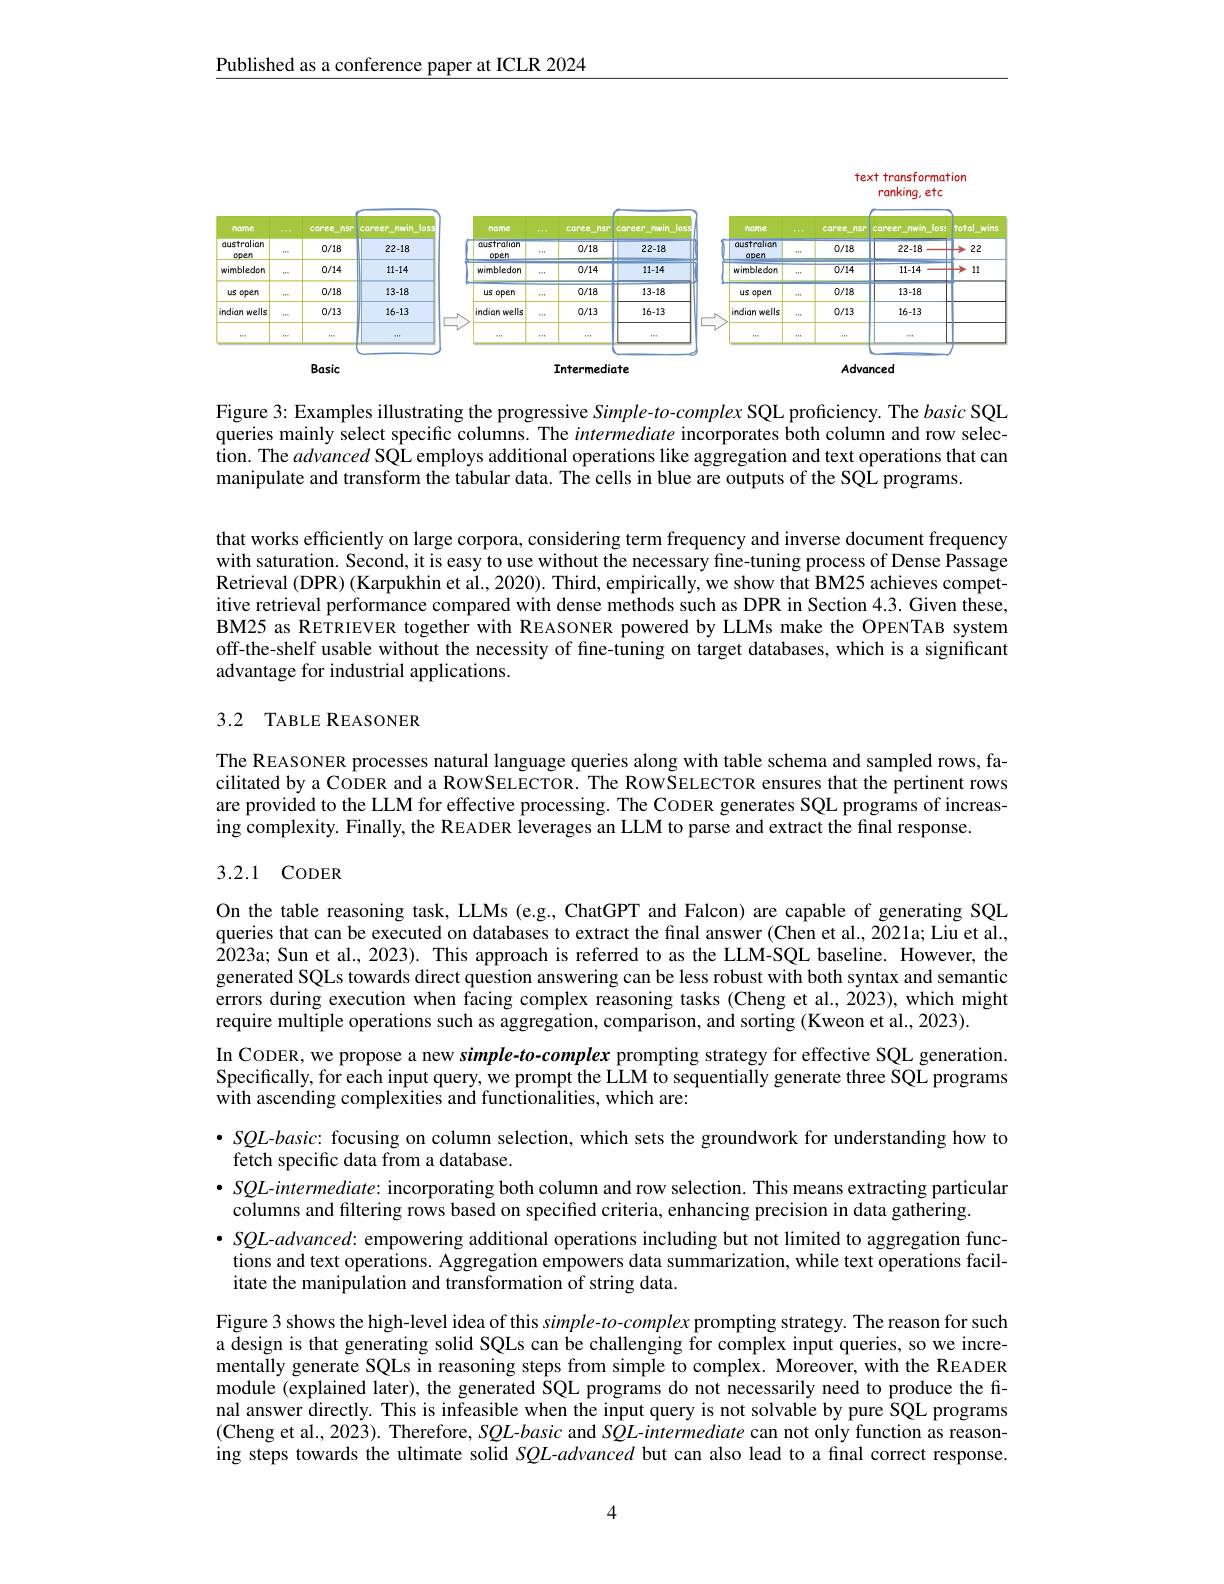
$\underline{\text{Published as a conference paper at ICLR 2024}}$

<FigureHere>

Figure 3: Examples illustrating the progressive Simple-to-complex SQL proficiency. The basic SQL queries mainly select specific columns. The intermediate incorporates both column and row selection. The advanced SQL employs additional operations like aggregation and text operations that can manipulate and transform the tabular data. The cells in blue are outputs of the SQL programs.

that works efficiently on large corpora, considering term frequency and inverse document frequency with saturation. Second, it is easy to use without the necessary fine-tuning process of Dense Passage Retrieval (DPR) (Karpukhin et al., 2020). Third, empirically, we show that BM25 achieves competitive retrieval performance compared with dense methods such as DPR in Section 4.3. Given these, BM25 as RETRIEVER together with REASONER powered by LLMs make the OPENTAB system off-the-shelf usable without the necessity of fine-tuning on target databases, which is a significant advantage for industrial applications.

## 3.2 TABLE REASONER

The REASONER processes natural language queries along with table schema and sampled rows, facilitated by a CODER and a RoWSELECTOR. The ROWSELECTOR ensures that the pertinent rows are provided to the LLM for effective processing. The CoDER generates SQL programs of increasing complexity. Finally, the READER leverages an LLM to parse and extract the final response.

## 3.2.1 CODER

On the table reasoning task, LLMs (e.g., ChatGPT and Falcon) are capable of generating SQL queries that can be executed on databases to extract the final answer (Chen et al., 2021a; Liu et al., 2023a; Sun et al., 2023). This approach is referred to as the LLM-SQL baseline. However, the generated SQLs towards direct question answering can be less robust with both syntax and semantic errors during execution when facing complex reasoning tasks (Cheng et al., 2023), which might require multiple operations such as aggregation, comparison, and sorting (Kweon et al., 2023).
In CODER, we propose a new simple-to-complex prompting strategy for effective SQL generation. Specifically, for each input query, we prompt the LLM to sequentially generate three SQL programs with ascending complexities and functionalities, which are:
$\bullet SQL$-basic: focusing on column selection, which sets the groundwork for understanding how to
fetch specific data from a database.
$\bullet SQL$-intermediate: incorporating both column and row selection. This means extracting particular
columns and filtering rows based on specified criteria, enhancing precision in data gathering.
$\bullet SQL$-advanced: empowering additional operations including but not limited to aggregation functions and text operations. Aggregation empowers data summarization, while text operations facilitate the manipulation and transformation of string data.
Figure 3 shows the high-level idea of this simple-to-complex prompting strategy. The reason for such

a design is that generating solid SQLs can be challenging for complex input queries, so we incrementally generate SQLs in reasoning steps from simple to complex. Moreover, with the READER module (explained later), the generated ŠQL programs do not necessarily need to produce the final answer directly. This is infeasible when the input query is not solvable by pure SQL programs (Cheng et al., 2023). Therefore, SQL-basic and SQL-intermediate can not only function as reasoning steps towards the ultimate solid SQL-advanced but can also lead to a final correct response.

4